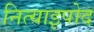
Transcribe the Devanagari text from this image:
नित्याइपोद